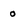
Character: 0